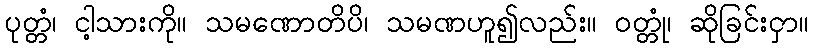
ပုတ္တံ၊ ငါ့သားကို။ သမဏောတိပိ၊ သမဏဟူ၍လည်း။ ဝတ္တုံ၊ ဆိုခြင်းငှာ။